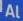
al